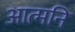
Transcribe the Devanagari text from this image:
आत्मनि